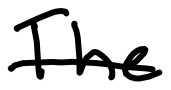
Text: The
Cross-out: single-line
Writing tool: digital_black